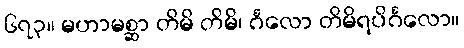
၆၇၃။ မဟာမစ္ဆာ တိမိ တိမိ၊ င်္ဂလော တိမိရပိင်္ဂလော။